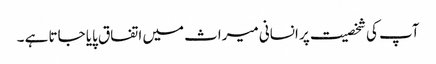
آپ کی شخصیت پر انسانی میراث میں اتفاق پایا جاتا ہے ۔